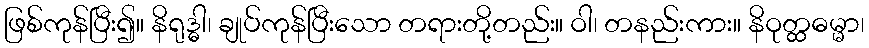
ဖြစ်ကုန်ပြီး၍။ နိရုဒ္ဓါ၊ ချုပ်ကုန်ပြီးသော တရားတို့တည်း။ ဝါ၊ တနည်းကား။ နိဝုတ္ထဓမ္မာ၊